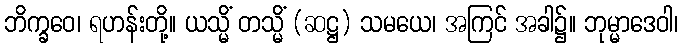
ဘိက္ခဝေ၊ ရဟန်းတို့။ ယသ္မိံ တသ္မိံ (ဆဋ္ဌ) သမယေ၊ အကြင် အခါ၌။ ဘုမ္မာဒေဝါ၊